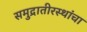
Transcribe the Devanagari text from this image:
समुद्रातीरस्थांचा